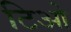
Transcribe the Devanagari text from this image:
टिओ